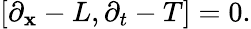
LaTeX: \left[\partial_{\mathbf{x}}-L,\partial_{t}-T\right]=0.